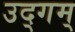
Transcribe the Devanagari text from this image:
उद्गम्